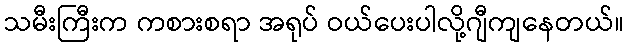
သမီးကြီးက ကစားစရာ အရုပ် ဝယ်ပေးပါလို့ဂျီကျနေတယ်။